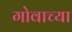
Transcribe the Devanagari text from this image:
गोवाच्या